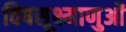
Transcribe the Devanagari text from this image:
विषसूक्ष्माणुओं